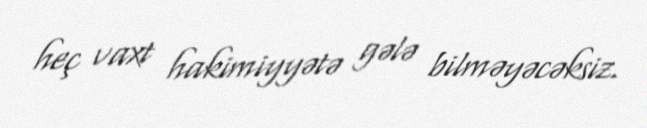
heç vaxt hakimiyyətə gələ bilməyəcəksiz.